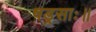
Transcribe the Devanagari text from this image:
षड्रसाः॥